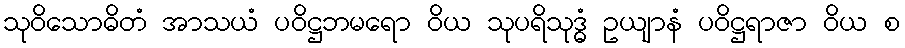
သုဝိသောဓိတံ အာသယံ ပဝိဋ္ဌဘမရော ဝိယ သုပရိသုဒ္ဓံ ဥယျာနံ ပဝိဋ္ဌရာဇာ ဝိယ စ